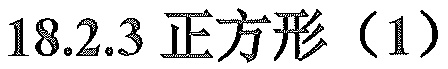
\(18.2.3\) 正方形（\(1\)）